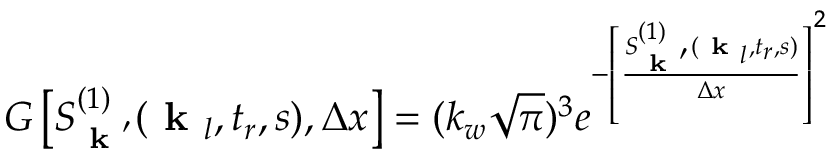
G \left[ S _ { \textbf { k } ^ { \prime } } ^ { ( 1 ) } ( \textbf { k } _ { l } , t _ { r } , s ) , \Delta x \right] = ( k _ { w } \sqrt { \pi } ) ^ { 3 } e ^ { - \left[ \frac { S _ { \textbf { k } ^ { \prime } } ^ { ( 1 ) } ( \textbf { k } _ { l } , t _ { r } , s ) } { \Delta x } \right] ^ { 2 } }